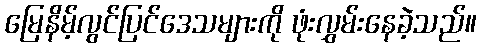
မြေနိမ့်လွင်ပြင်ဒေသများကို ဖုံးလွှမ်းနေခဲ့သည်။